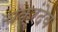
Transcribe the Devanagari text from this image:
चक्रंदेव